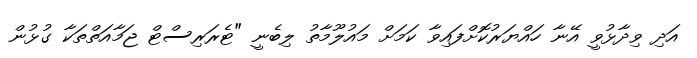
އަދި ވިދާޅުވީ އޭނާ ހައްޔަރުކޮށްފައިވާ ކަމަށް މައުލޫމާތު ލިބެނީ "ޓެރަރިސްޓް ޖަމާއަތްތަކާ ގުޅުން